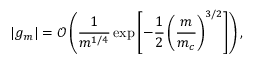
| g _ { m } | = \mathcal { O } \left( \frac { 1 } { m ^ { 1 / 4 } } \exp \left[ - \frac { 1 } { 2 } \left( \frac { m } { m _ { c } } \right) ^ { 3 / 2 } \right] \right) ,